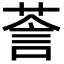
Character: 𮏵